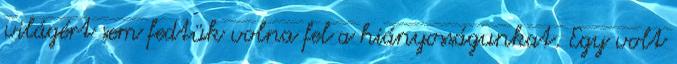
világért sem fedtük volna fel a hiányosságunkat. Egy volt